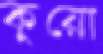
কুয়ো